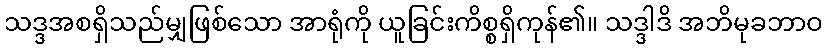
သဒ္ဒအစရှိသည်မျှဖြစ်သော အာရုံကို ယူခြင်းကိစ္စရှိကုန်၏။ သဒ္ဒါဒိ အဘိမုခဘာဝ